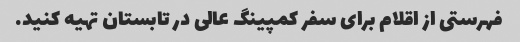
فهرستی از اقلام برای سفر کمپینگ عالی در تابستان تهیه کنید.